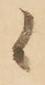
候